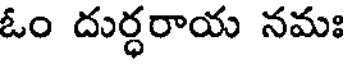
ఓం దుర్ధరాయ నమః